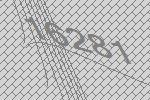
16281